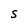
Character: s